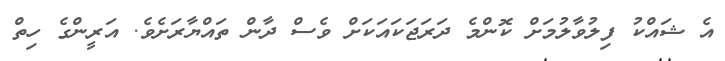
އެ ޝައްކު ފިލުވާލުމަށް ކޮންމެ ދަރަޖަކައަކަށް ވެސް ދާން ތައްޔާރަށެވެ. އަރީންގެ ހިތް